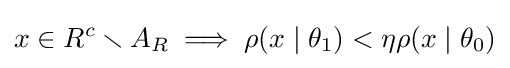
x\in R^{c}\smallsetminus A_{R}\implies \rho (x\mid \theta _{1})<\eta \rho (x\mid \theta _{0})